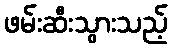
ဖမ်းဆီးသွားသည့်